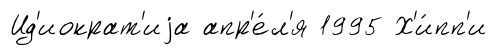
Ид'иократ'иjа апр'е́л'я 1995 Х'и́пп'и